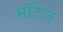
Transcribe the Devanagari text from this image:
मॉटेल